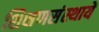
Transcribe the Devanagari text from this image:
शिक्षणसंस्थायें